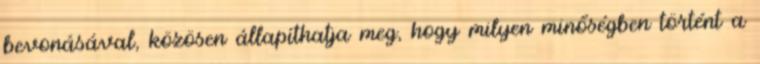
bevonásával, közösen állapíthatja meg, hogy milyen minőségben történt a